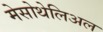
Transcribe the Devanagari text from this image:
मेसोथेलिअल